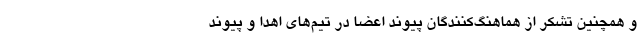
و همچنین تشکر از هماهنگ‌کنندگان پیوند اعضا در تیم‌های اهدا و پیوند